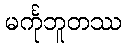
မင်္ကုဘူတဿ